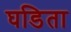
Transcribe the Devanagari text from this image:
घडिता